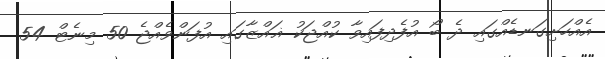
އެއްހަށިގަނޑެއްގައި ދެ ބޯ އުފެދިފައިވާ ކުއްޖަކު ޣައްޒާގައި އުފަންވެއްޖެ 50 މިނެޓް 54